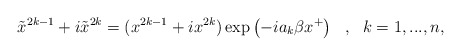
\begin{align*}\tilde{x}^{2k-1} + i \tilde{x}^{2k}= ( x^{2k-1} + i x^{2k} ) \exp \left( - i a_k \beta x^+ \right)\ \ , \ \ k=1,...,n,\end{align*}